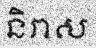
និរាស